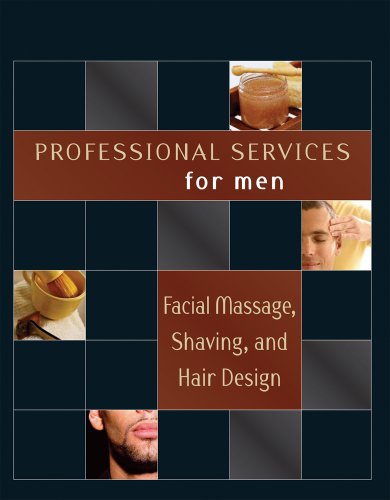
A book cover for Professional Services for Men: Facial Massage, Shaving and Hair Design; Milady; Health, Fitness & Dieting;